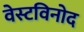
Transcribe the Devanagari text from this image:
वेस्टविनोद